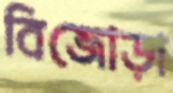
বিজোড়া